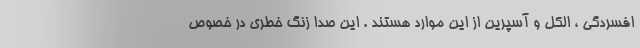
افسردگی ، الکل و آسپرین از این موارد هستند . این صدا زنگ خطری در خصوص